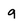
Character: g